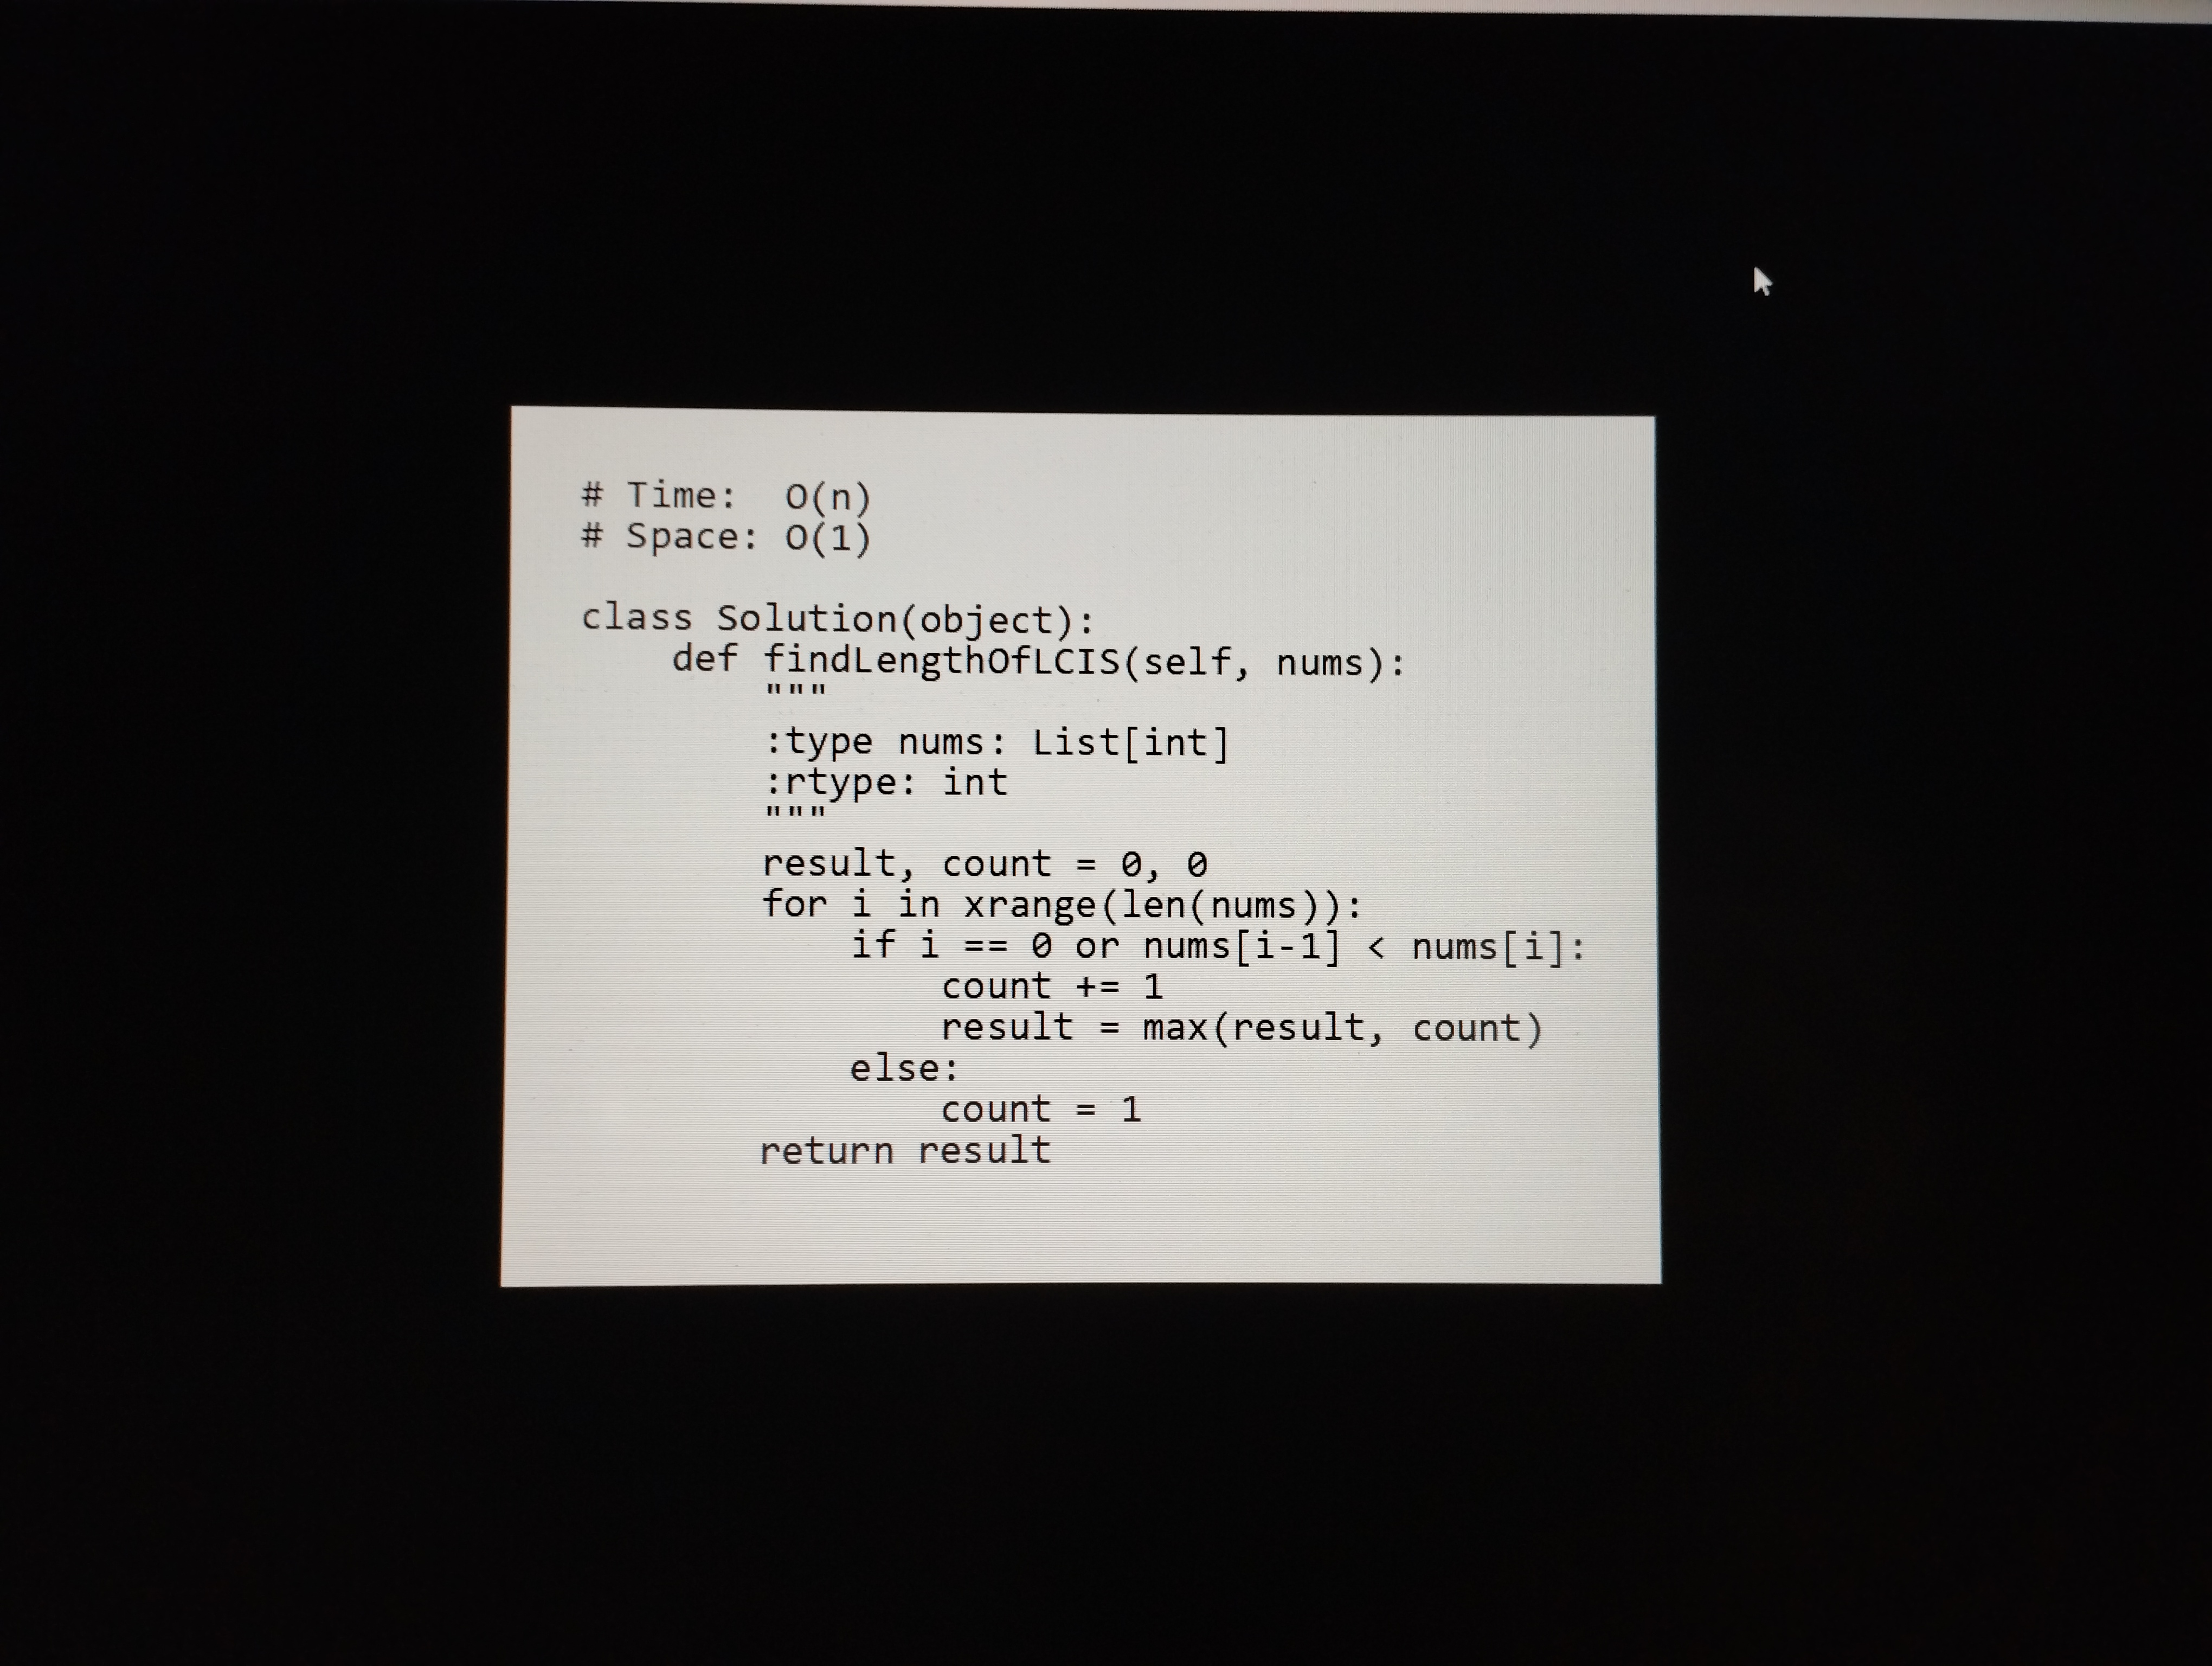
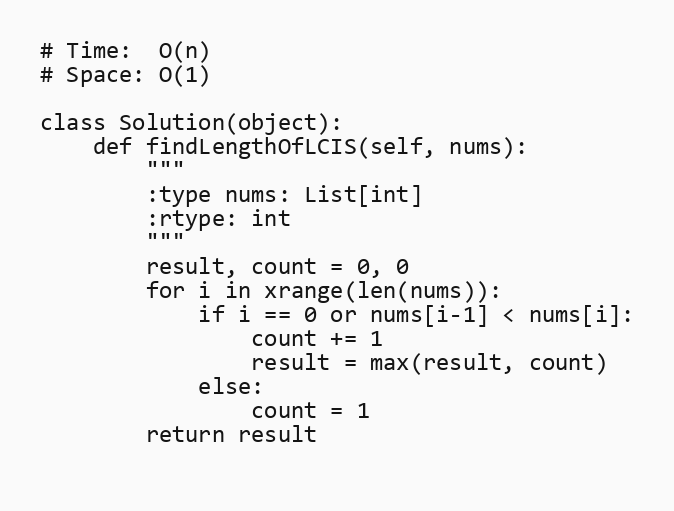
# Time:  O(n)
# Space: O(1)

class Solution(object):
    def findLengthOfLCIS(self, nums):
        """
        :type nums: List[int]
        :rtype: int
        """
        result, count = 0, 0
        for i in xrange(len(nums)):
            if i == 0 or nums[i-1] < nums[i]:
                count += 1
                result = max(result, count)
            else:
                count = 1
        return result